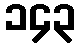
၁၄၃